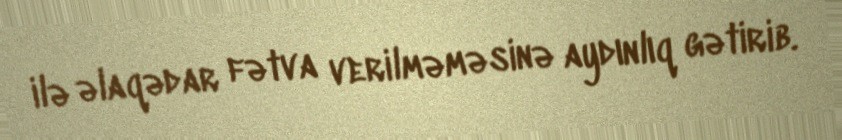
ilə əlaqədar fətva verilməməsinə aydınlıq gətirib.